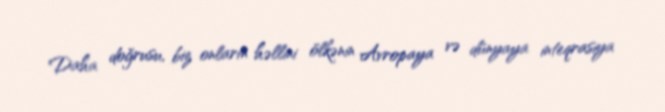
Daha doğrusu, biz onların həllini ölkənin Avropaya və dünyaya inteqrasiya